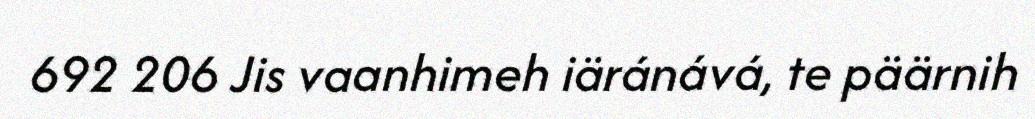
692 206 Jis vaanhimeh iäránává, te päärnih